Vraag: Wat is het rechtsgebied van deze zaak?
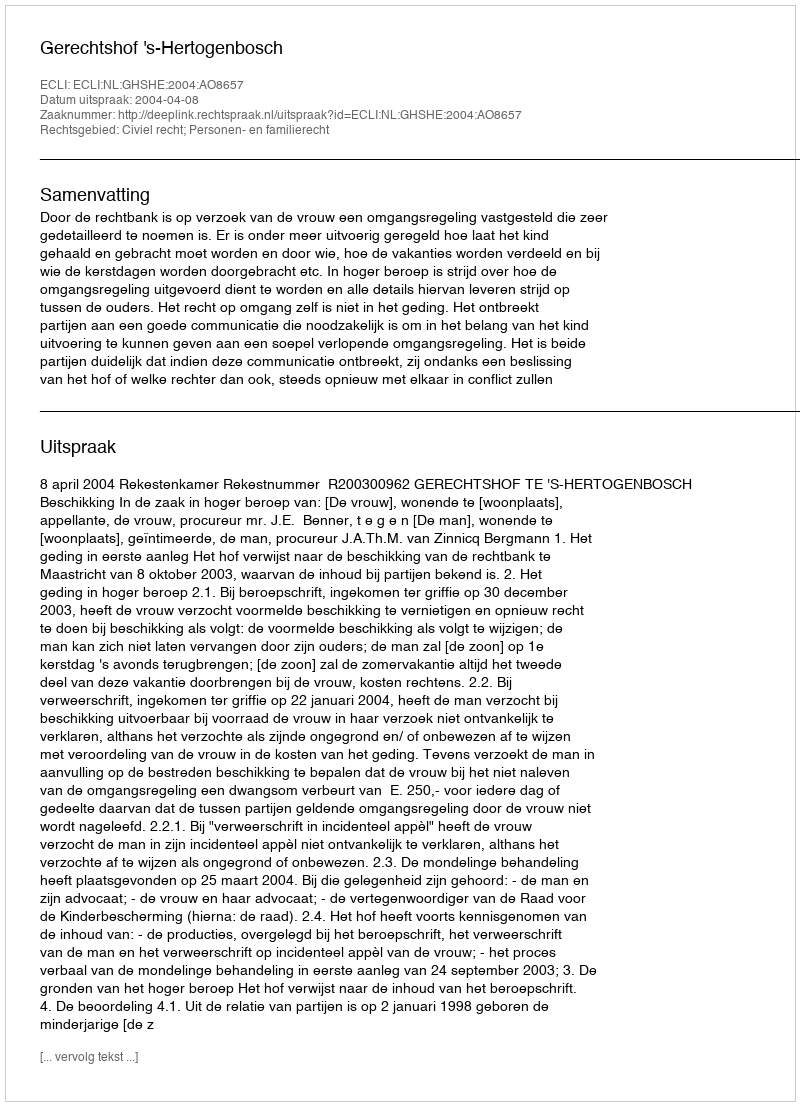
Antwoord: Civiel recht; Personen- en familierecht